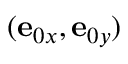
( \mathbf { e } _ { 0 x } , \mathbf { e } _ { 0 y } )